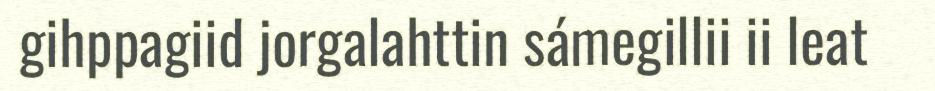
gihppagiid jorgalahttin sámegillii ii leat